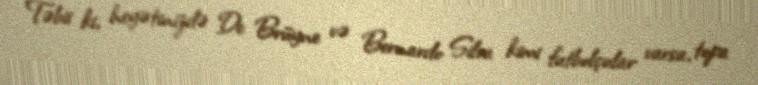
Təbii ki, heyətinizdə De Brüyne və Bernardo Silva kimi futbolçular varsa, topa